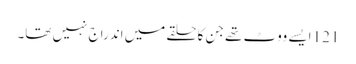
121 ایسے ووٹ تھے جن کا حلقے میں اندراج نہیں تھا۔